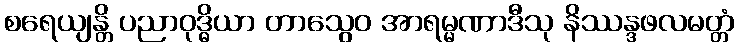
စရေယျန္တိ ပညာဝုဒ္ဓိယာ တာသွေဝ အာရမ္မဏာဒီသု နိဿန္ဒဖလမတ္တံ